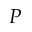
P